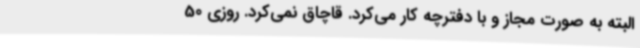
البته به صورت مجاز و با دفترچه کار می‌کرد. قاچاق نمی‌کرد. روزی 50‌